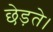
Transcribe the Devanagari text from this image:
छेड़ते।